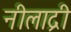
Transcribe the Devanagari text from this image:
नीलाद्री